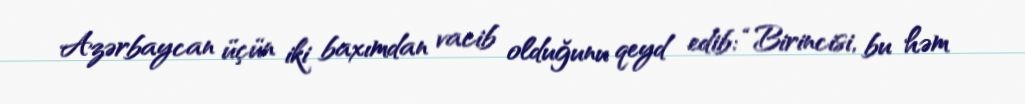
Azərbaycan üçün iki baxımdan vacib olduğunu qeyd edib: “Birincisi, bu həm